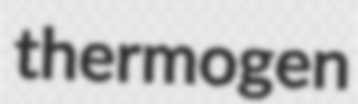
thermogen